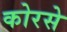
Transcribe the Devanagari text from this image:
कोरसे